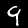
Digit: 9